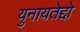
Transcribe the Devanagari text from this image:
युनायतेद्दो